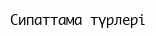
Сипаттама түрлері